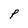
Character: P